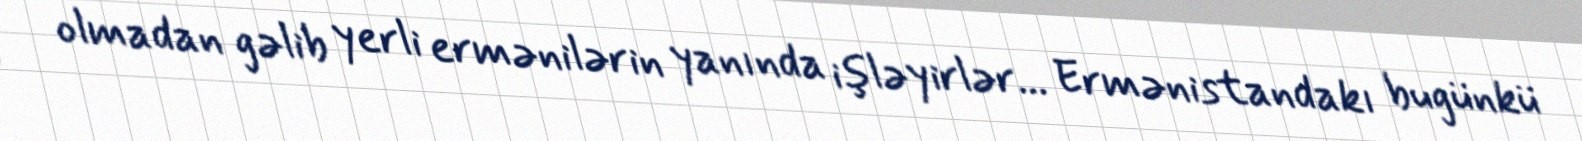
olmadan gəlib yerli ermənilərin yanında işləyirlər... Ermənistandakı bugünkü